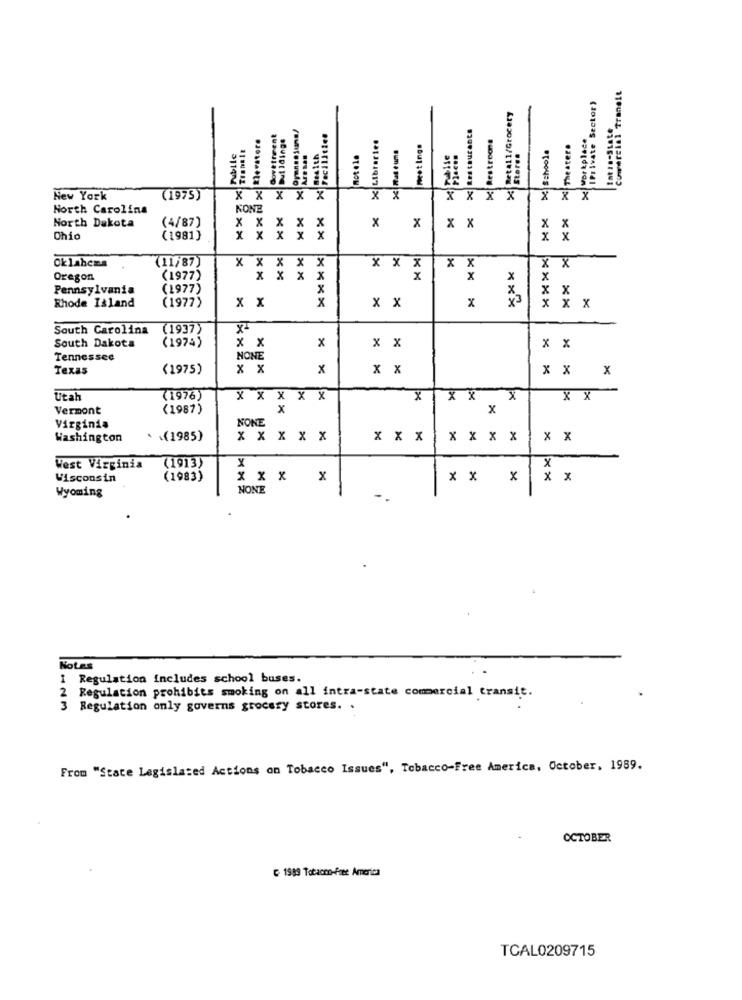
"Comercial Troneit
IPrivate Sector)
RetAll/Grocery
tot :.- State
Elevatore
Govetteent
Buildings
29 Facilities
X Libraries
Restroom!
× workplace
Mat e uma
meet Ings
X Schools
* Theaters
BesIth
Mot . 1a
Store#
New York
(1975)
XX XXX
X X X
North Carolina
KONE
North Dakota
(4/87)
x x
x
x
X
x X
x
X
Chio
(1981)
x
x
x
Oklahoma
(11/87)
X
X X
1 x
X X
X X
x
Oregon
(1977)
x x x
x
x
x
x
x
Pennsylvania
(1977)
X
X
x
(1977)
x3
x
Rhode Island
x x
x x
x
X
South Carolina
(1937)
South Dakota
(1974)
x x
x
x x
x x
Tennessee
NONE
Texas
(1975)
x x
x
x x
x X
x
Utah
(1976)
X X X X X
X
XXX
X X
Vermont
(1987)
x
X
NONE
Virginia
Washington
. . (1985)
x x x x x
x x x
X X x X
x x
(1913)
X
West Virginia
X
X
Wisconsin
(1983)
-
NONE
Wyoming
Notes
I Regulation includes school buses.
2 Regulation prohibits smoking on all intra-state comercial transit.
Regulation only governs grocery stores. .
From "State Legislated Actions on Tobacco Issues", Tobacco-Free America, October, 1989.
OCTOBER
1989 Totacmo-Free America
TCAL0209715